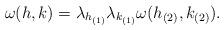
LaTeX: \begin{align*}\omega (h,k)=\lambda_{h_{(1)}} \lambda_{k_{(1)}} \omega (h_{(2)} ,k_{(2)}).\end{align*}